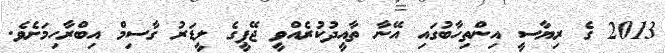
2013 ގެ ރިޔާސީ އިންތިހާބުގައި އޭނާ ތާއީދުކުރެއްވީ ޖޭޕީގެ ލީޑަރު ގާސިމް އިބްރާހިމަށެވެ.